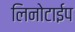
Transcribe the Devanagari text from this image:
लिनोटाईप